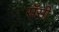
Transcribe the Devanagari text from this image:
सॅसी